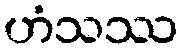
ဟံသဿ